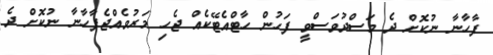
ފާހާނާ ނުކޮށް ދެ މަސްދުވަސްވީ ފަހުން ހާޓްއެޓޭކެއް ޖެހި މަރުވެއްޖެފާހާނާ ނުކޮށް ދެ